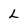
Character: L